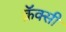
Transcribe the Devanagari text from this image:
क्रॅक्सी